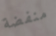
منفضة